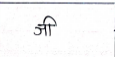
मजकूर: जी